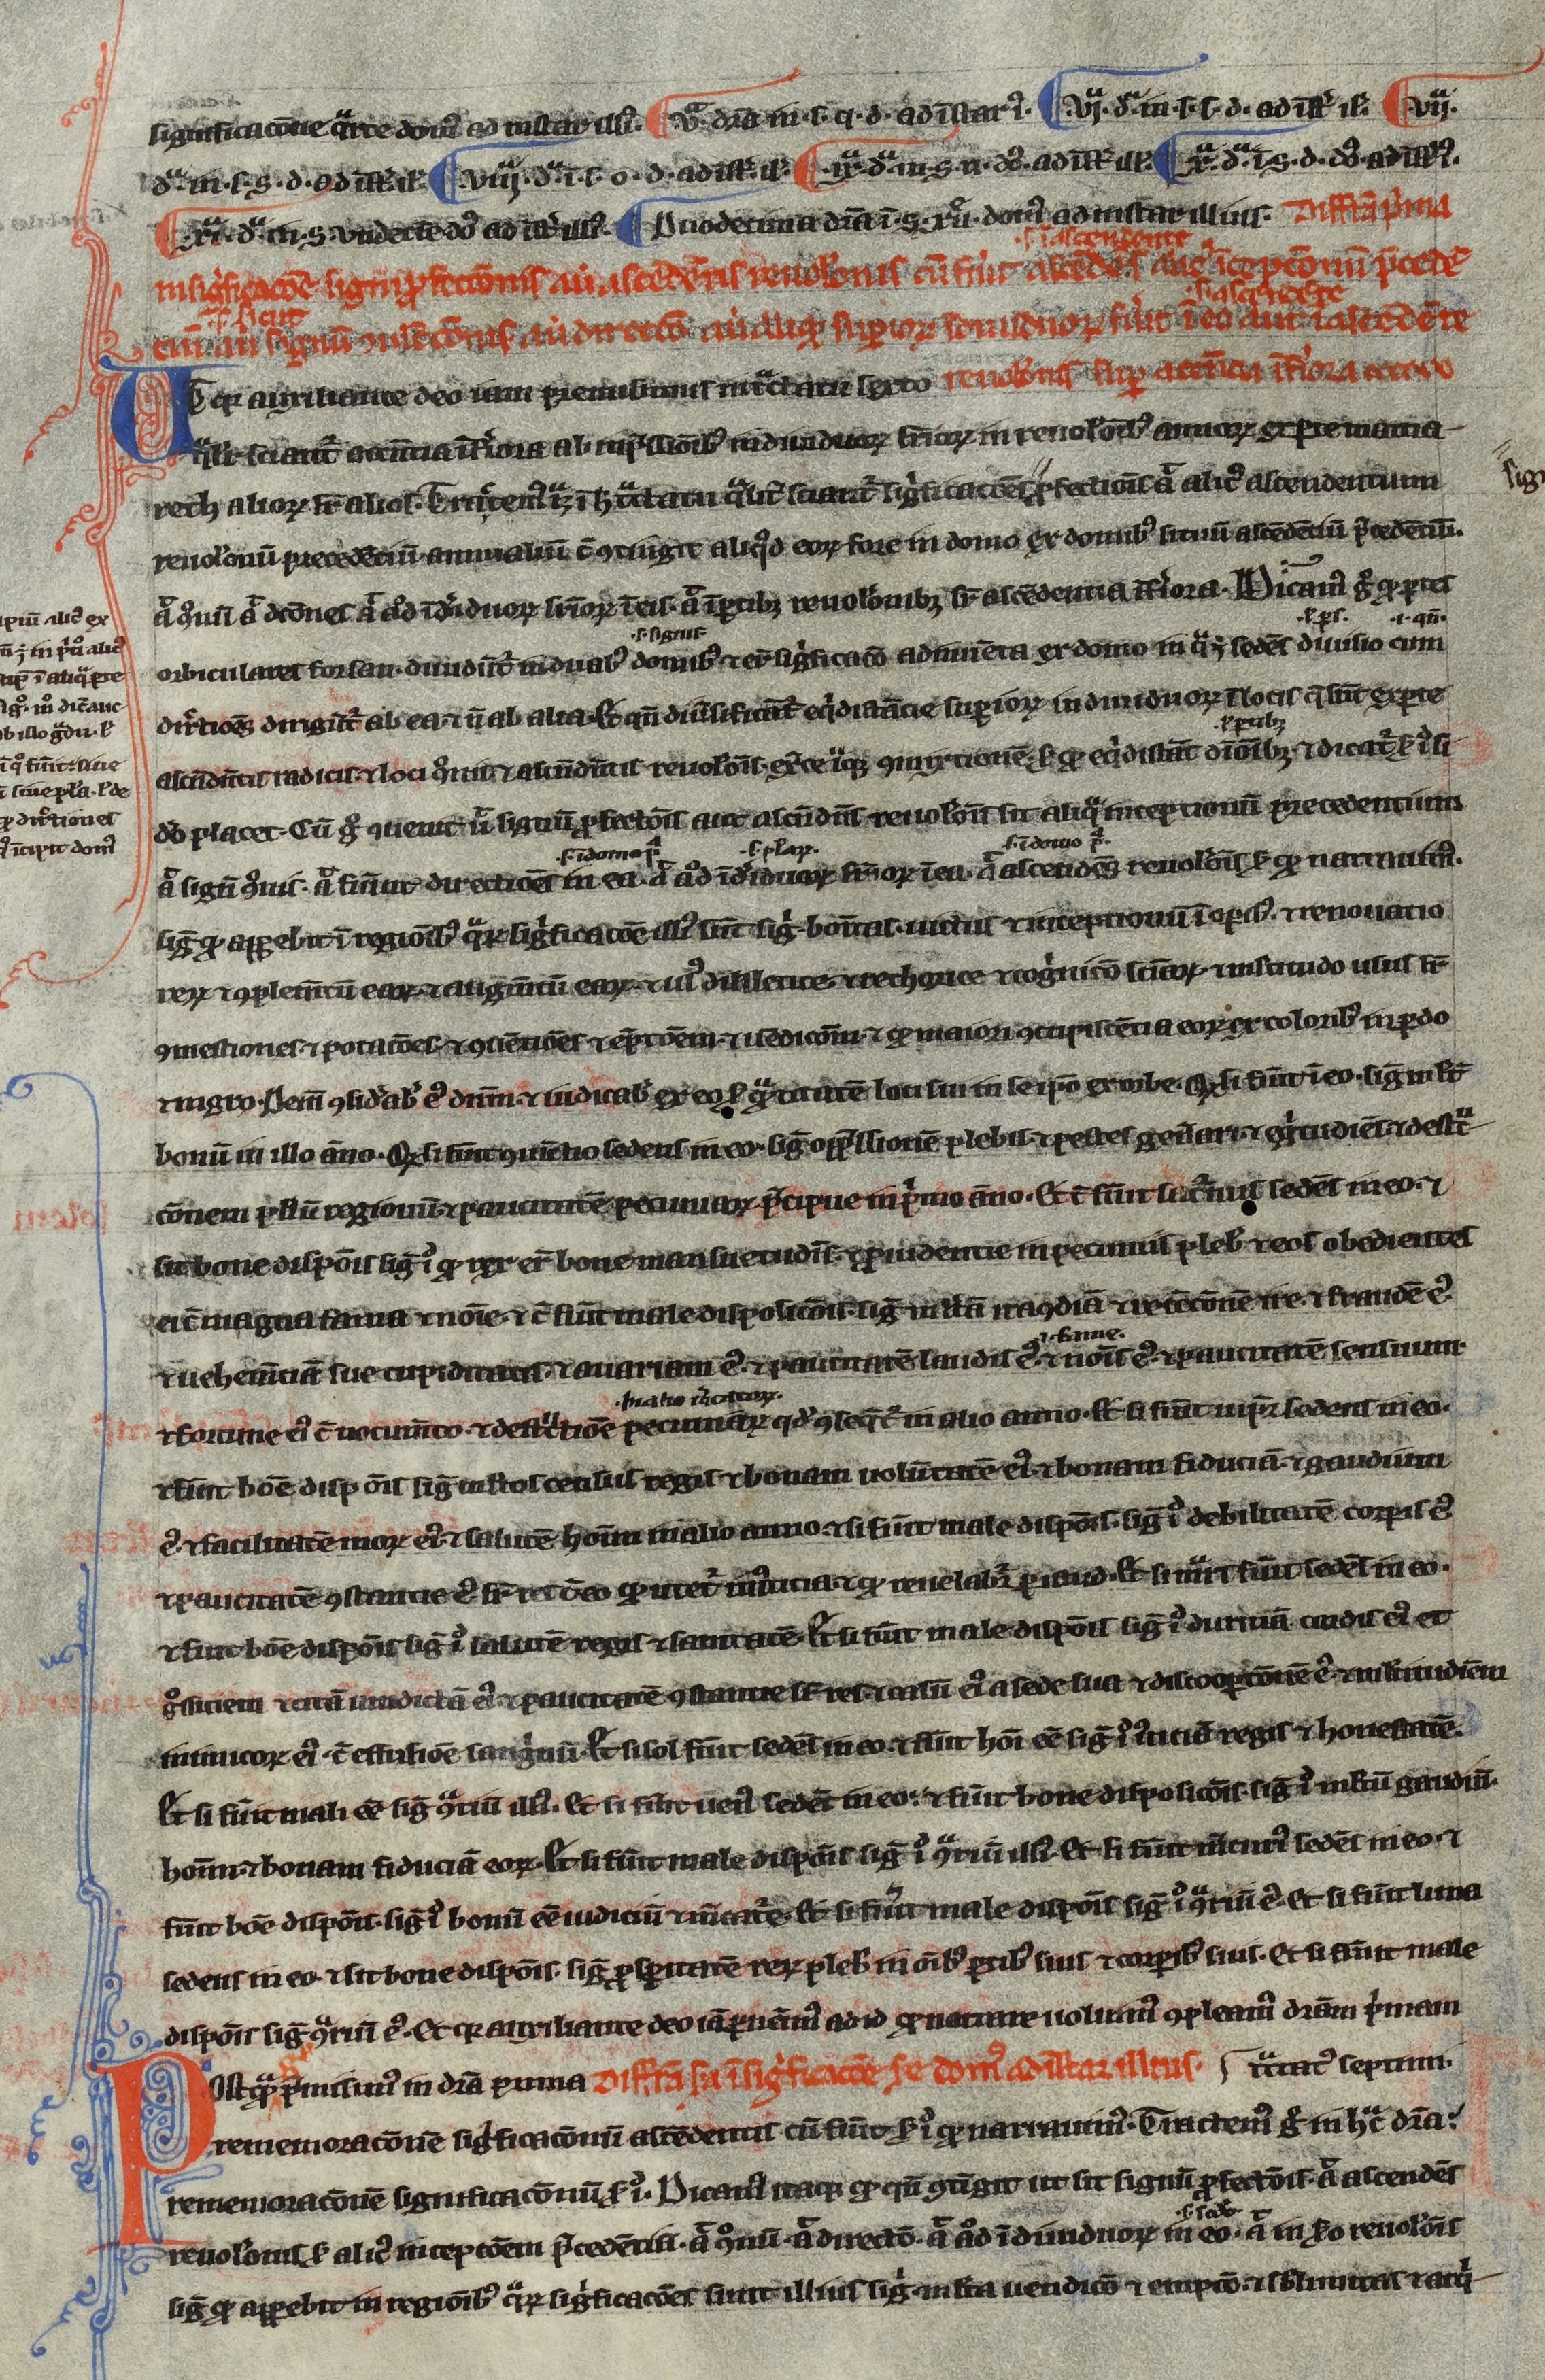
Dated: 1200–1299